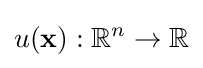
u(\mathbf {x} ):\mathbb {R} ^{n}\to \mathbb {R}